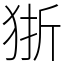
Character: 狾